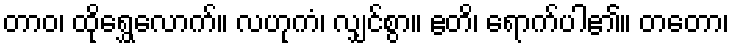
တာဝ၊ ထိုရွှေလောက်။ လဟုကံ၊ လျှင်စွာ။ ဧတိ၊ ရောက်ပါ၏။ တတော၊